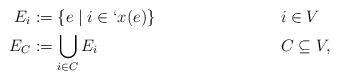
LaTeX: \begin{align*} E_i&:=\{e\mid i\in `x(e)\} &\kern1em &i\in V\\ E_C&:=\bigcup_{i\in C} E_i && C\subseteq V, \end{align*}